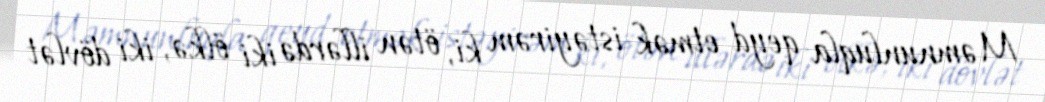
Məmnunluqla qeyd etmək istəyirəm ki, ötən illərdə iki ölkə, iki dövlət